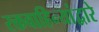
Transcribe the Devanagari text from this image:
रक्तवाहिन्यांद्वारे